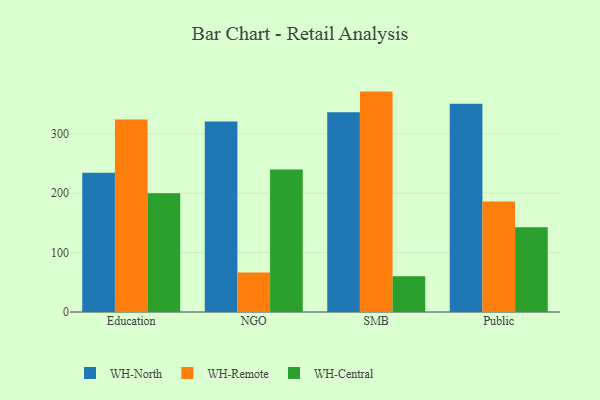
{"axis": {"x": "Segment", "y": "Waste Production (Tons)"}, "legend": ["WH-Central", "WH-North", "WH-Remote"], "data": [{"x": "Education", "y": 234.4, "type": "WH-North"}, {"x": "Education", "y": 324.0, "type": "WH-Remote"}, {"x": "Education", "y": 200.1, "type": "WH-Central"}, {"x": "NGO", "y": 320.9, "type": "WH-North"}, {"x": "NGO", "y": 66.5, "type": "WH-Remote"}, {"x": "NGO", "y": 240.2, "type": "WH-Central"}, {"x": "SMB", "y": 336.6, "type": "WH-North"}, {"x": "SMB", "y": 371.2, "type": "WH-Remote"}, {"x": "SMB", "y": 60.4, "type": "WH-Central"}, {"x": "Public", "y": 350.9, "type": "WH-North"}, {"x": "Public", "y": 185.9, "type": "WH-Remote"}, {"x": "Public", "y": 142.9, "type": "WH-Central"}]}